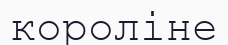
короліне